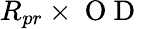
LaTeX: R_{pr}\times\mathrm{~O~D~}